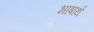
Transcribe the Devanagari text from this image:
भाषार्थ